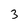
Character: 3